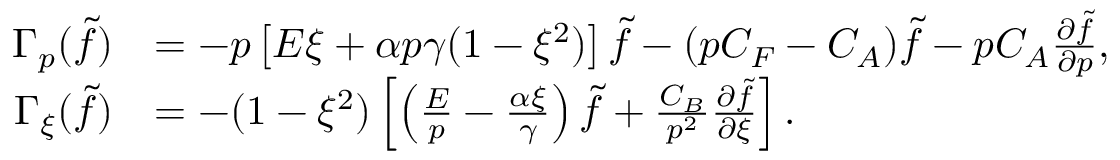
\begin{array} { r l } { \Gamma _ { p } ( \tilde { f } ) } & { = - p \left[ E \xi + \alpha p \gamma ( 1 - \xi ^ { 2 } ) \right] \tilde { f } - ( p C _ { F } - C _ { A } ) \tilde { f } - p C _ { A } \frac { \partial \tilde { f } } { \partial p } , } \\ { \Gamma _ { \xi } ( \tilde { f } ) } & { = - ( 1 - \xi ^ { 2 } ) \left[ \left( \frac E p - \frac { \alpha \xi } { \gamma } \right) \tilde { f } + \frac { C _ { B } } { p ^ { 2 } } \frac { \partial \tilde { f } } { \partial \xi } \right] . } \end{array}